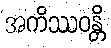
အကိဿဝန္တိ